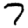
Digit: 7